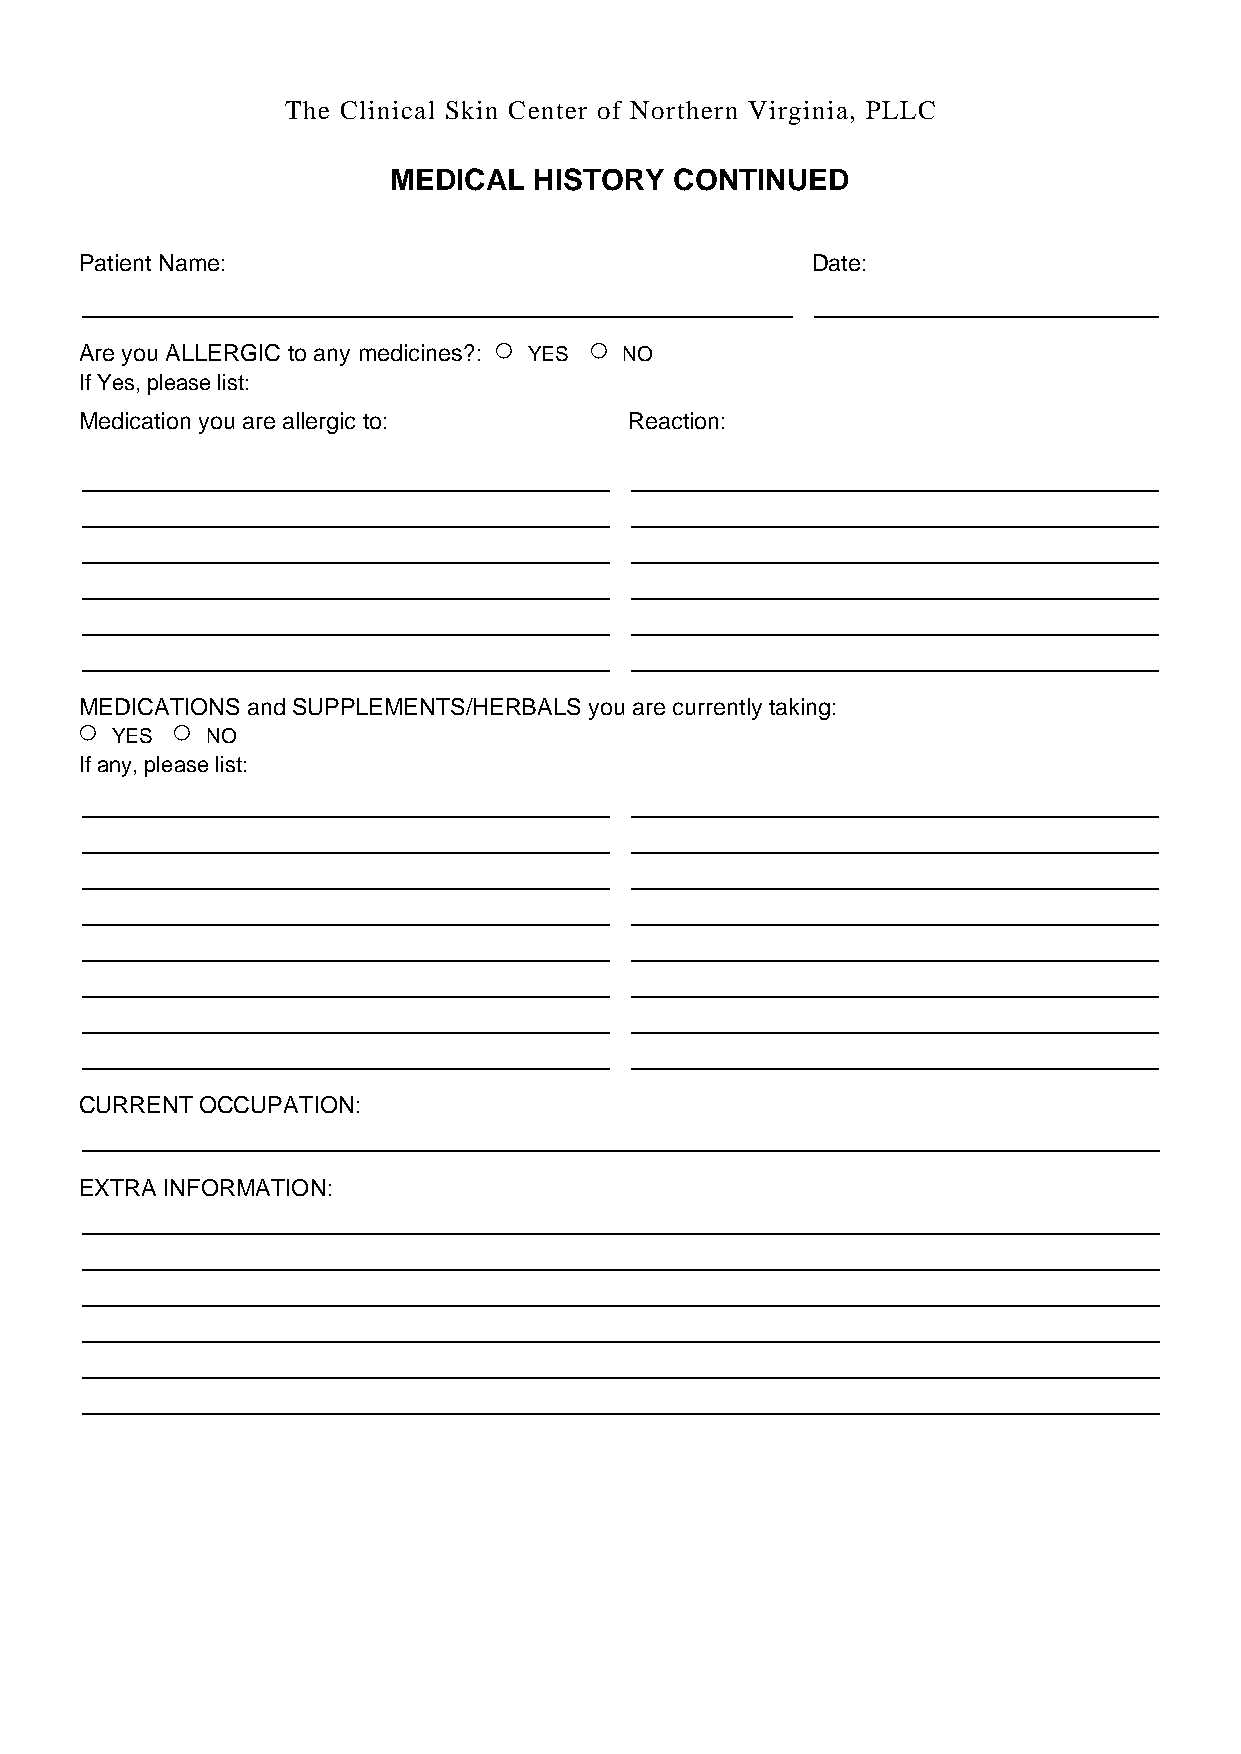
The Clinical Skin Center of Northern Virginia, PLLC
 MEDICAL  HISTORY   CONTINUED
 Patient Name:                                    Date:
 Are you ALLERGIC to any medicines?: ○ YES ○ NO
 If Yes, please list:
 Medication you are allergic to:      Reaction:
 MEDICATIONS and SUPPLEMENTS/HERBALS you are currently taking:
 ○ YES ○  NO
 If any, please list:
 CURRENT OCCUPATION:
 EXTRA INFORMATION: